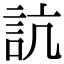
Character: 𧦑